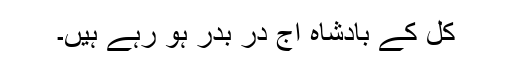
کل کے بادشاہ آج در بدر ہو رہے ہیں۔